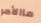
ماالأمر